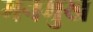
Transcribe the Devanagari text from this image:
मनमुख